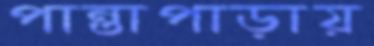
পান্তাপাড়ায়